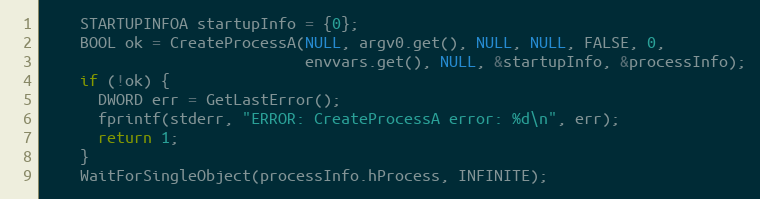
Language: C++
    STARTUPINFOA startupInfo = {0};
    BOOL ok = CreateProcessA(NULL, argv0.get(), NULL, NULL, FALSE, 0,
                             envvars.get(), NULL, &startupInfo, &processInfo);
    if (!ok) {
      DWORD err = GetLastError();
      fprintf(stderr, "ERROR: CreateProcessA error: %d\n", err);
      return 1;
    }
    WaitForSingleObject(processInfo.hProcess, INFINITE);